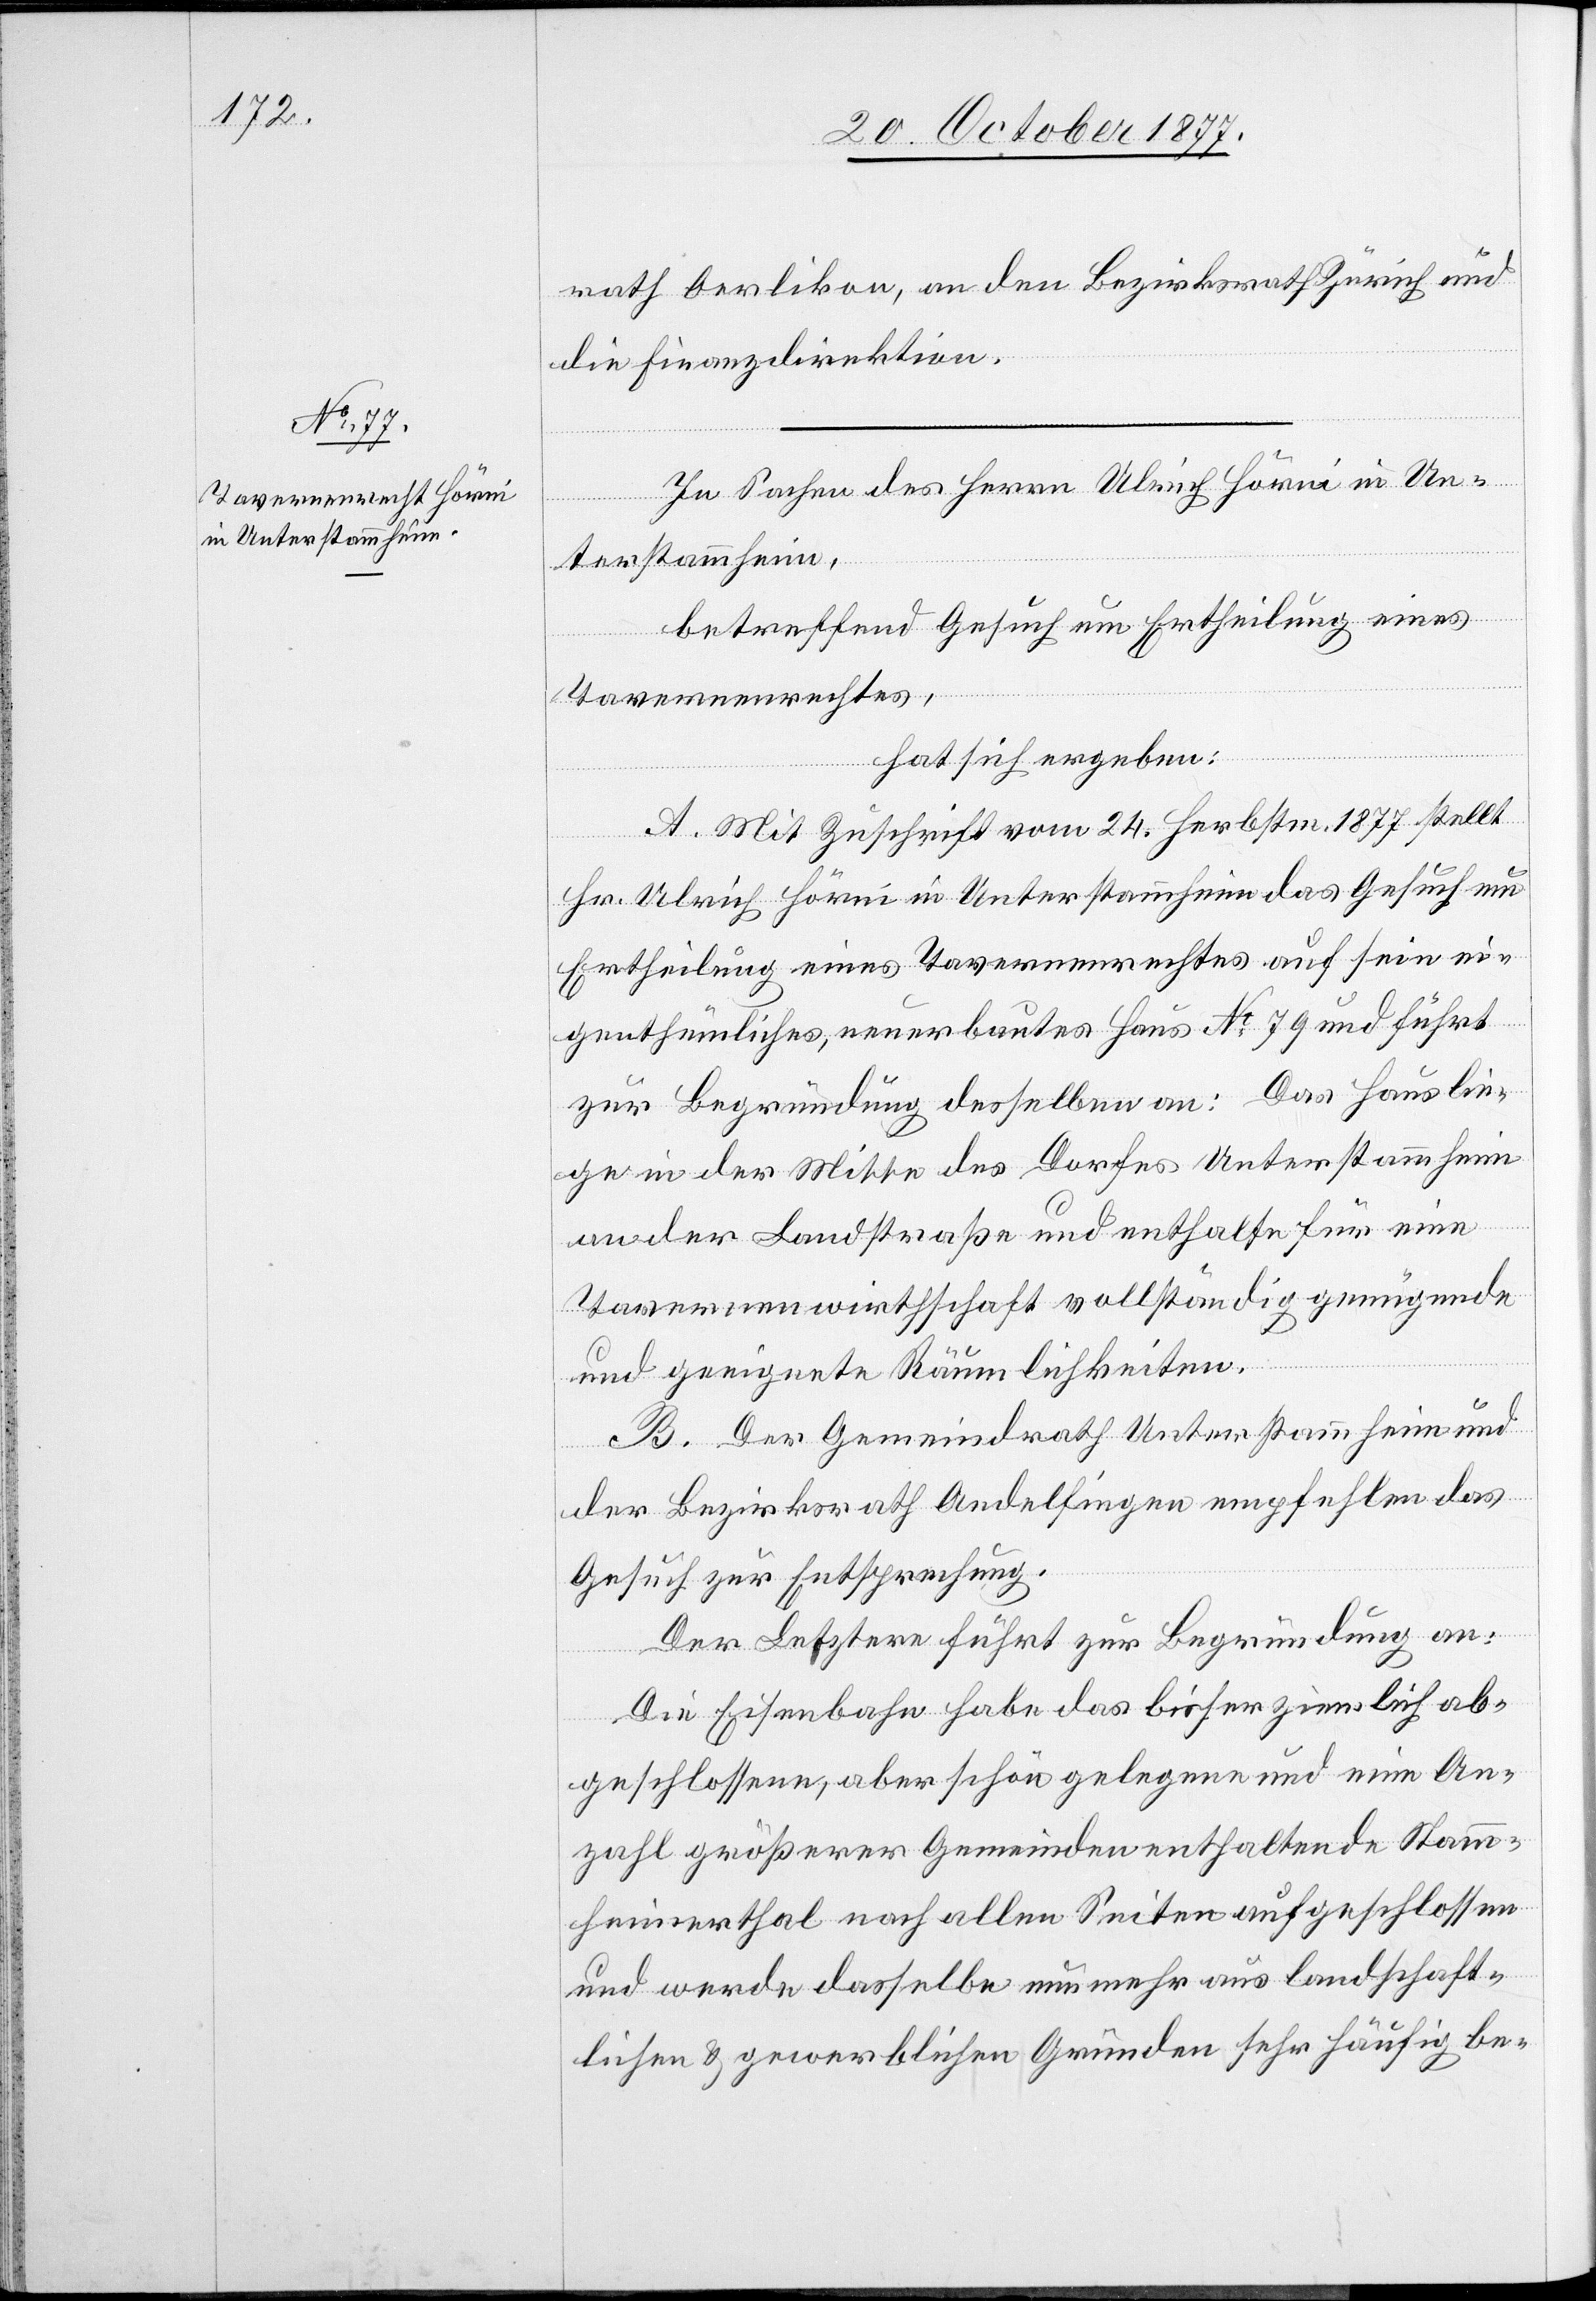
rath Oerlikon, an den Bezirksrath Zürich und
die Finanzdirektion.
In Sachen des Herrn Ulrich Hörni in Un¬
terstammheim,
betreffend Gesuch um Ertheilung eines
Tavernenrechtes,
hat sich ergeben:
A. Mit Zuschrift vom 24. Herbstm. 1877 stellt
Hr. Ulrich Hörni in Unterstammheim das Gesuch um
Ertheilung eines Tavernenrechtes auf sein ei¬
genthümliches, neuerbautes Haus No 79 und führt
zur Begründung desselben an: Das Haus lie¬
ge in der Mitte des Dorfes Unterstammheim
an der Landstraße und enthalte für eine
Tavernenwirthschaft vollständig genügende
und geeignete Räumlichkeiten.
B. Der Gemeindrath Unterstammheim und
der Bezirksrath Andelfingen empfehlen das
Gesuch zur Entsprechung.
Der Letztere führt zur Begründung an:
Die Eisenbahn habe das bisher ziemlich ab¬
geschlossene, aber schön gelegene und eine An¬
zahl größerer Gemeinden enthaltende Stamm¬
heimerthal nach allen Seiten aufgeschlossen
und werde dasselbe nunmehr aus landschaft¬
lichen & gewerblichen Gründen sehr häufig be-